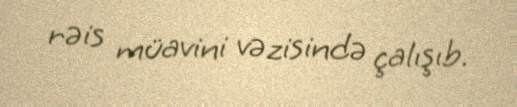
rəis müavini vəzisində çalışıb.